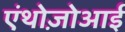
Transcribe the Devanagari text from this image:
एंथोज़ोआई